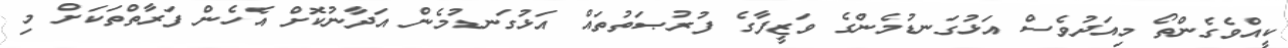
ކީއްވެގެންތޯ މިއަދުވެސް އަޅުގަނޑުމެންގެ ވަޒީފާގެ ފުރުޞަތުތައް އަޅުގަނޑުމެން އަދާނުކޮށް އެހެން ފަރާތްތަކަށް މި